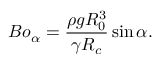
B o _ { \alpha } = \frac { \rho g R _ { 0 } ^ { 3 } } { \gamma R _ { c } } \sin \alpha .